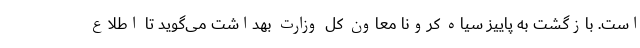
است. بازگشت به پاییز سیاه کرونا معاون کل وزارت بهداشت می‌گوید تا اطلاع